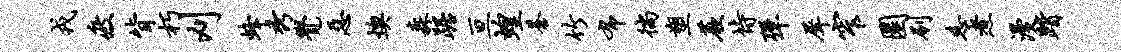
戎疲背朽刈蜂秀觉恶燠森踞亘蝗苍竹布徜塑蕨恃弹犀窄圜刷慈煮漫踏